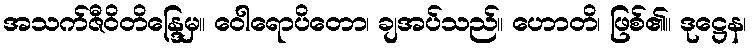
အသက်ဇီဝိတိန္ဒြေမှ။ ဝေါရောပိတော၊ ချအပ်သည်။ ဟောတိ၊ ဖြစ်၏။ ဒုဋ္ဌေန၊